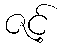
ဇင့်